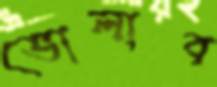
ভোলাব